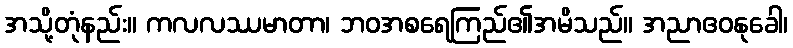
အသို့တုံနည်း။ ကလလဿမာတာ၊ ဘဝအစရေကြည်၏အမိသည်။ အညာဧဝနုခေါ၊